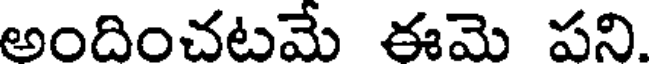
అందించటమే ఈమె పని.